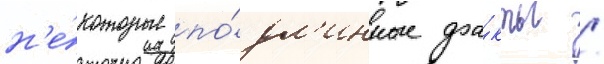
н'е́которые по́дл'инные фа́кты /